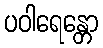
ပဝါရေန္တော